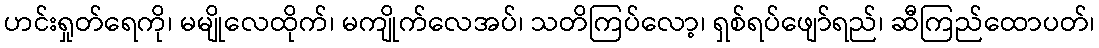
ဟင်းရှုတ်ရေကို၊ မမျိုလေထိုက်၊ မကျိုက်လေအပ်၊ သတိကြပ်လော့၊ ရှစ်ရပ်ဖျော်ရည်၊ ဆီကြည်ထောပတ်၊